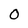
Character: 0